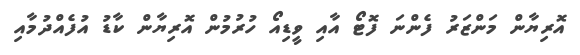
އޮރިޔާން މަންޒަރު ފެންނަ ފޮޓޯ އާއި ވީޑިއޯ ހުރުމުން އޮރިޔާން ކާޑު އުފެއްދުމާއި